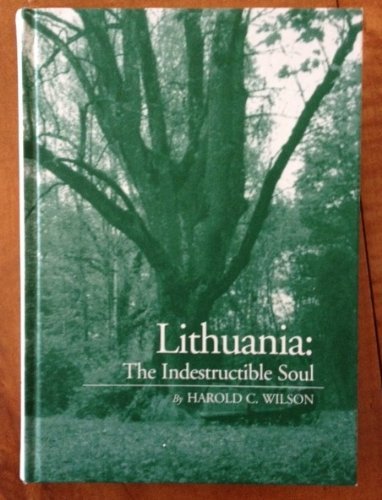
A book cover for Lithuania: The Indestructible Soul; Harold C. Wilson; Travel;